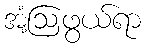
အံ့ဩဖွယ်ရာ